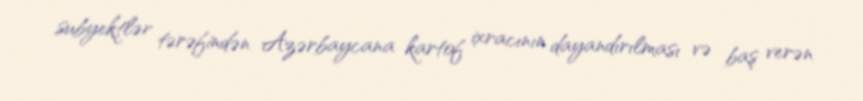
subyektlər tərəfindən Azərbaycana kartof ixracının dayandırılması və baş verən